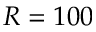
R = 1 0 0